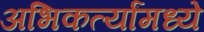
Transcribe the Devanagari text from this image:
अभिकर्त्यांमध्ये